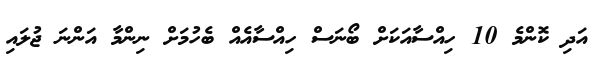
އަދި ކޮންމެ 10 ހިއްސާއަކަށް ބޯނަސް ހިއްސާއެއް ބެހުމަށް ނިންމާ އަންނަ ޖުލައި